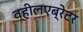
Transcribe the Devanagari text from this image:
व्हीलएब्रेटर